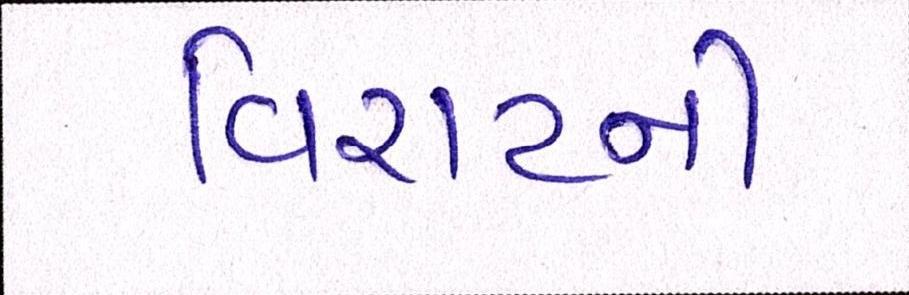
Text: વિરાટની